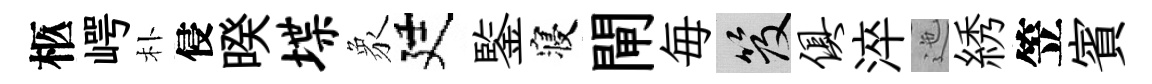
柩崿朴侵暌堞象廷鍳寝閘毎笈俱淬迤綉笠賓